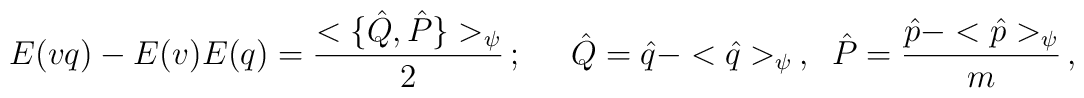
E(vq) - E(v)E(q) = \frac{<\{ \hat{Q} , \hat{P} \}>_{\psi}}{2} \, ; \; \;\; \; \; \hat{Q}=\hat{q} -<\hat{q}>_{\psi} \, , \; \; \hat{P}=\frac{\hat{p} - <\hat{p}>_{\psi}}{m} \, ,